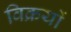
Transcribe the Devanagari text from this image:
विक्रयों